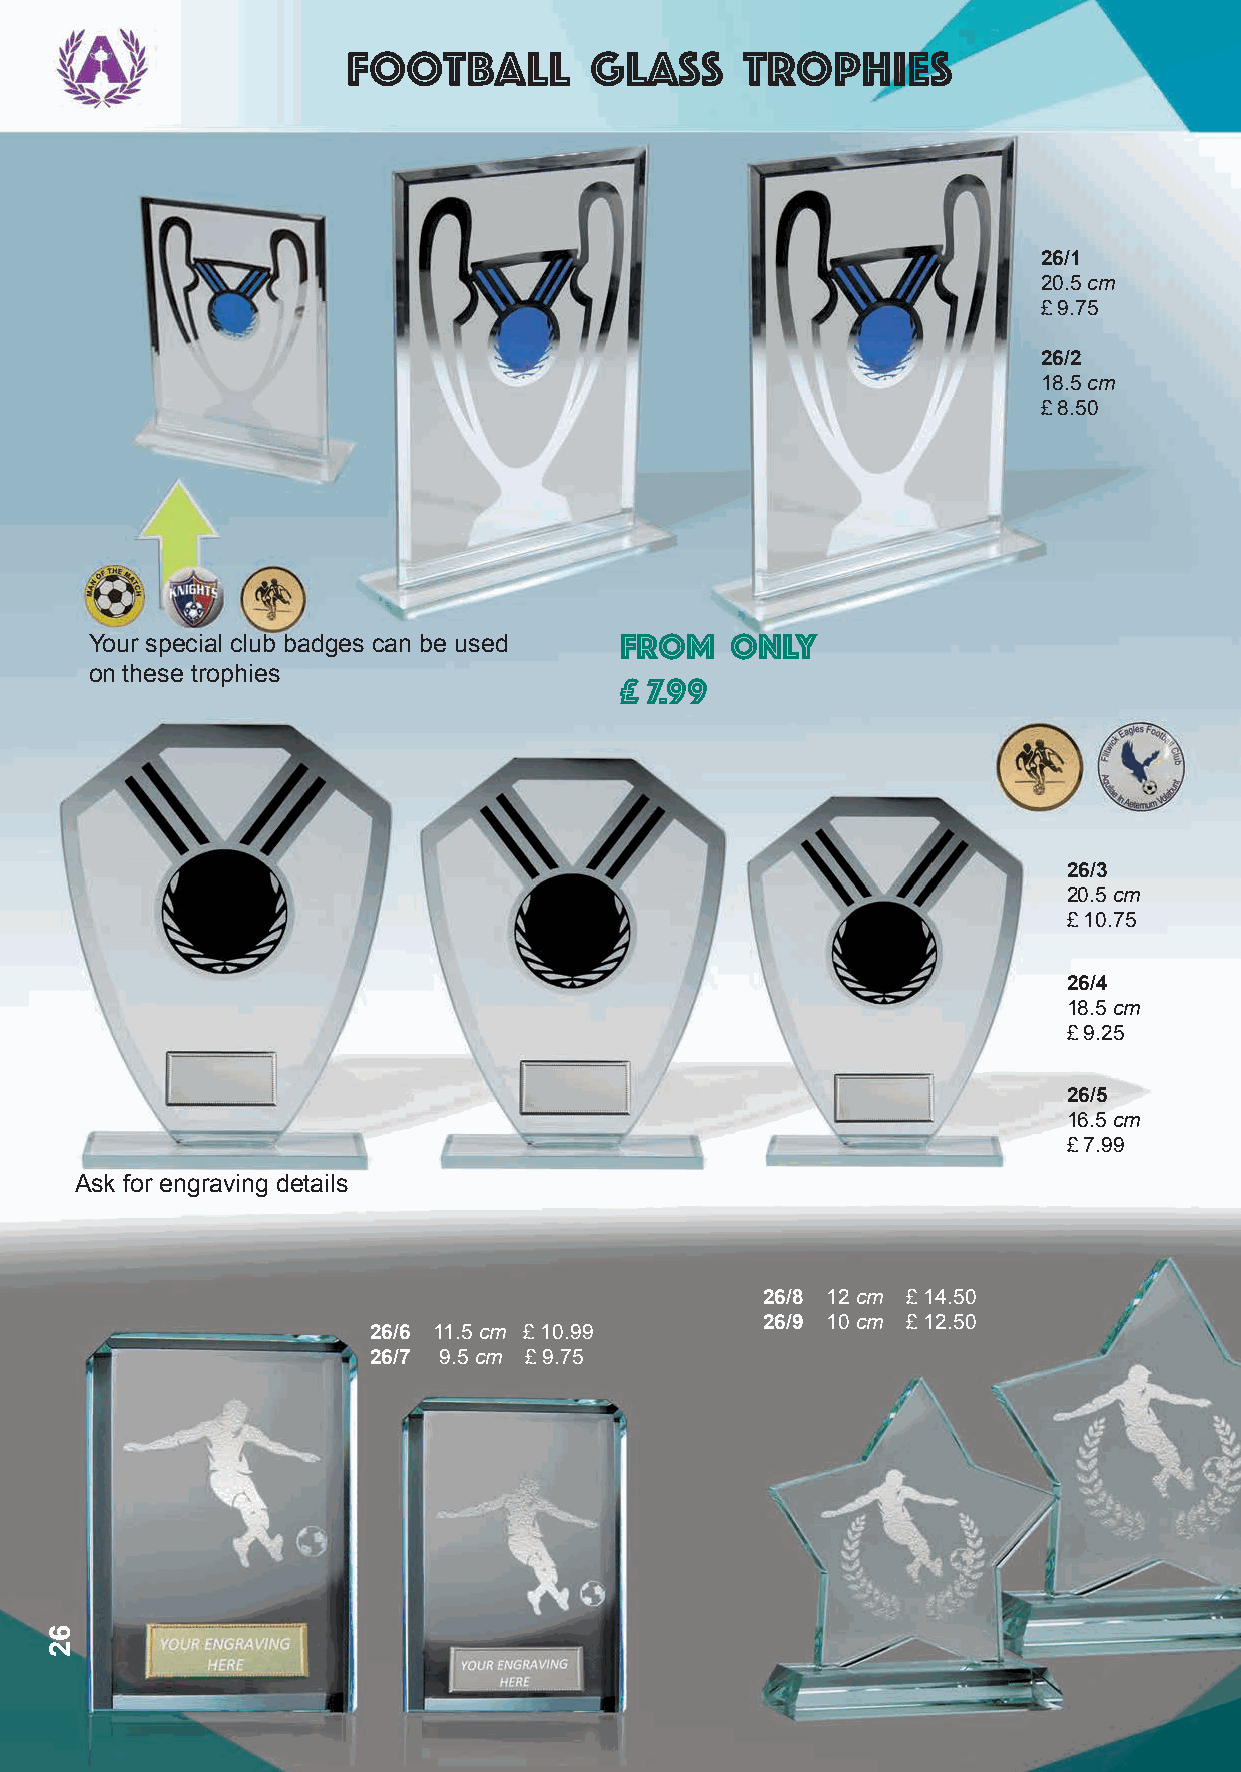
football        glass     trophies
 26/1
 20.5 cm
 £ 9.75
 26/2
 18.5 cm
 £ 8.50
 Your special club badges can be used FROM only
 on these trophies
 £ 7.99
 26/3
 20.5 cm
 £ 10.75
 26/4
 18.5 cm
 £ 9.25
 26/5
 16.5 cm
 £ 7.99
 Ask for engraving details
 26/8 12 cm £ 14.50
 26/9 10 cm £ 12.50
 26/6 11.5 cm £ 10.99
 26/7 9.5 cm £ 9.75
 62